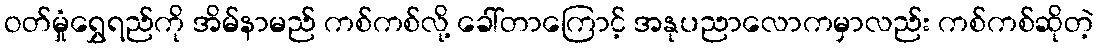
ဝတ်မှုံရွှေရည်ကို အိမ်နာမည် ကစ်ကစ်လို့ ခေါ်တာကြောင့် အနုပညာလောကမှာလည်း ကစ်ကစ်ဆိုတဲ့